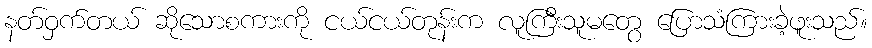
နတ်ဝှက်တယ် ဆိုသောစကားကို ငယ်ငယ်တုန်းက လူကြီးသူမတွေ ပြောသံကြားခဲ့ဖူးသည်။